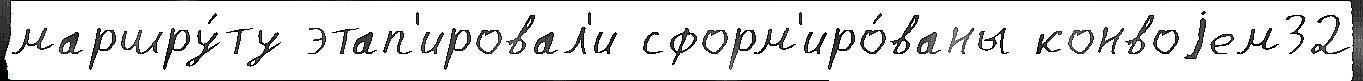
маршру́ту этап'ировал'и сформ'иро́ваны конвоjем32